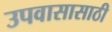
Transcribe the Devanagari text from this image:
उपवासासाठी